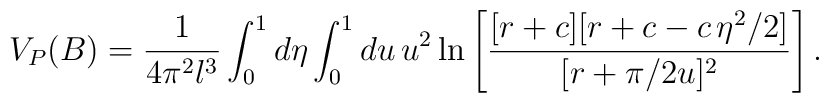
V_P (B) = \frac{1}{4\pi^2 l^3}\int_{0}^{1} d\eta\int_{0}^{1}  du\,u^2 \ln \left[ \frac{[r +c][r +c -c\,\eta^2 /2]}   {[r +\pi/2u]^2} \right].